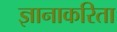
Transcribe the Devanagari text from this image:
ज्ञानाकरिता